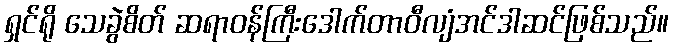
ရှင်ရို သေခွဲစိတ် ဆရာဝန်ကြီးဒေါက်တာဝီလျံအင်ဒါဆင်ဖြစ်သည်။